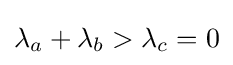
\lambda _{a}+\lambda _{b}>\lambda _{c}=0